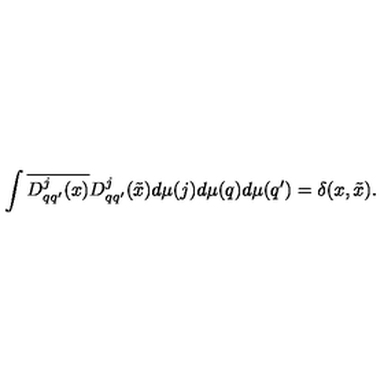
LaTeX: \int \overline { { D _ { q q ^ { \prime } } ^ { j } ( x ) } } D _ { q q ^ { \prime } } ^ { j } ( \tilde { x } ) d \mu ( j ) d \mu ( q ) d \mu ( q ^ { \prime } ) = \delta ( x , \tilde { x } ) .